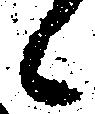
候